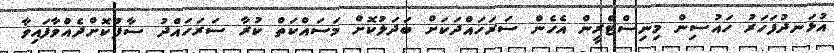
އުޅަނދުފަހަރު ހައުސިން މިނިސްޓްރީން އެހެން ސަރަހައްދަކަށް ބަދަލުކޮށް މަސައްކަތް ކުރާ ސަރަހައްދު ސާފުކޮށްދެއްވާފައިވާ